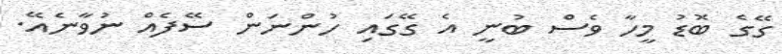
ގޭގެ ބޮޑު މީހާ ވެސް ބުނީ އެ ގޭގައި ހުންނަން ސޭފެއް ނުވާނެއޭ.